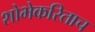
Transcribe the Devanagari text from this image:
शोभेकरिताच